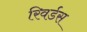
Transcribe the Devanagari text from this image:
रिवर्डस